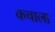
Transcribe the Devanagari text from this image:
कचाला